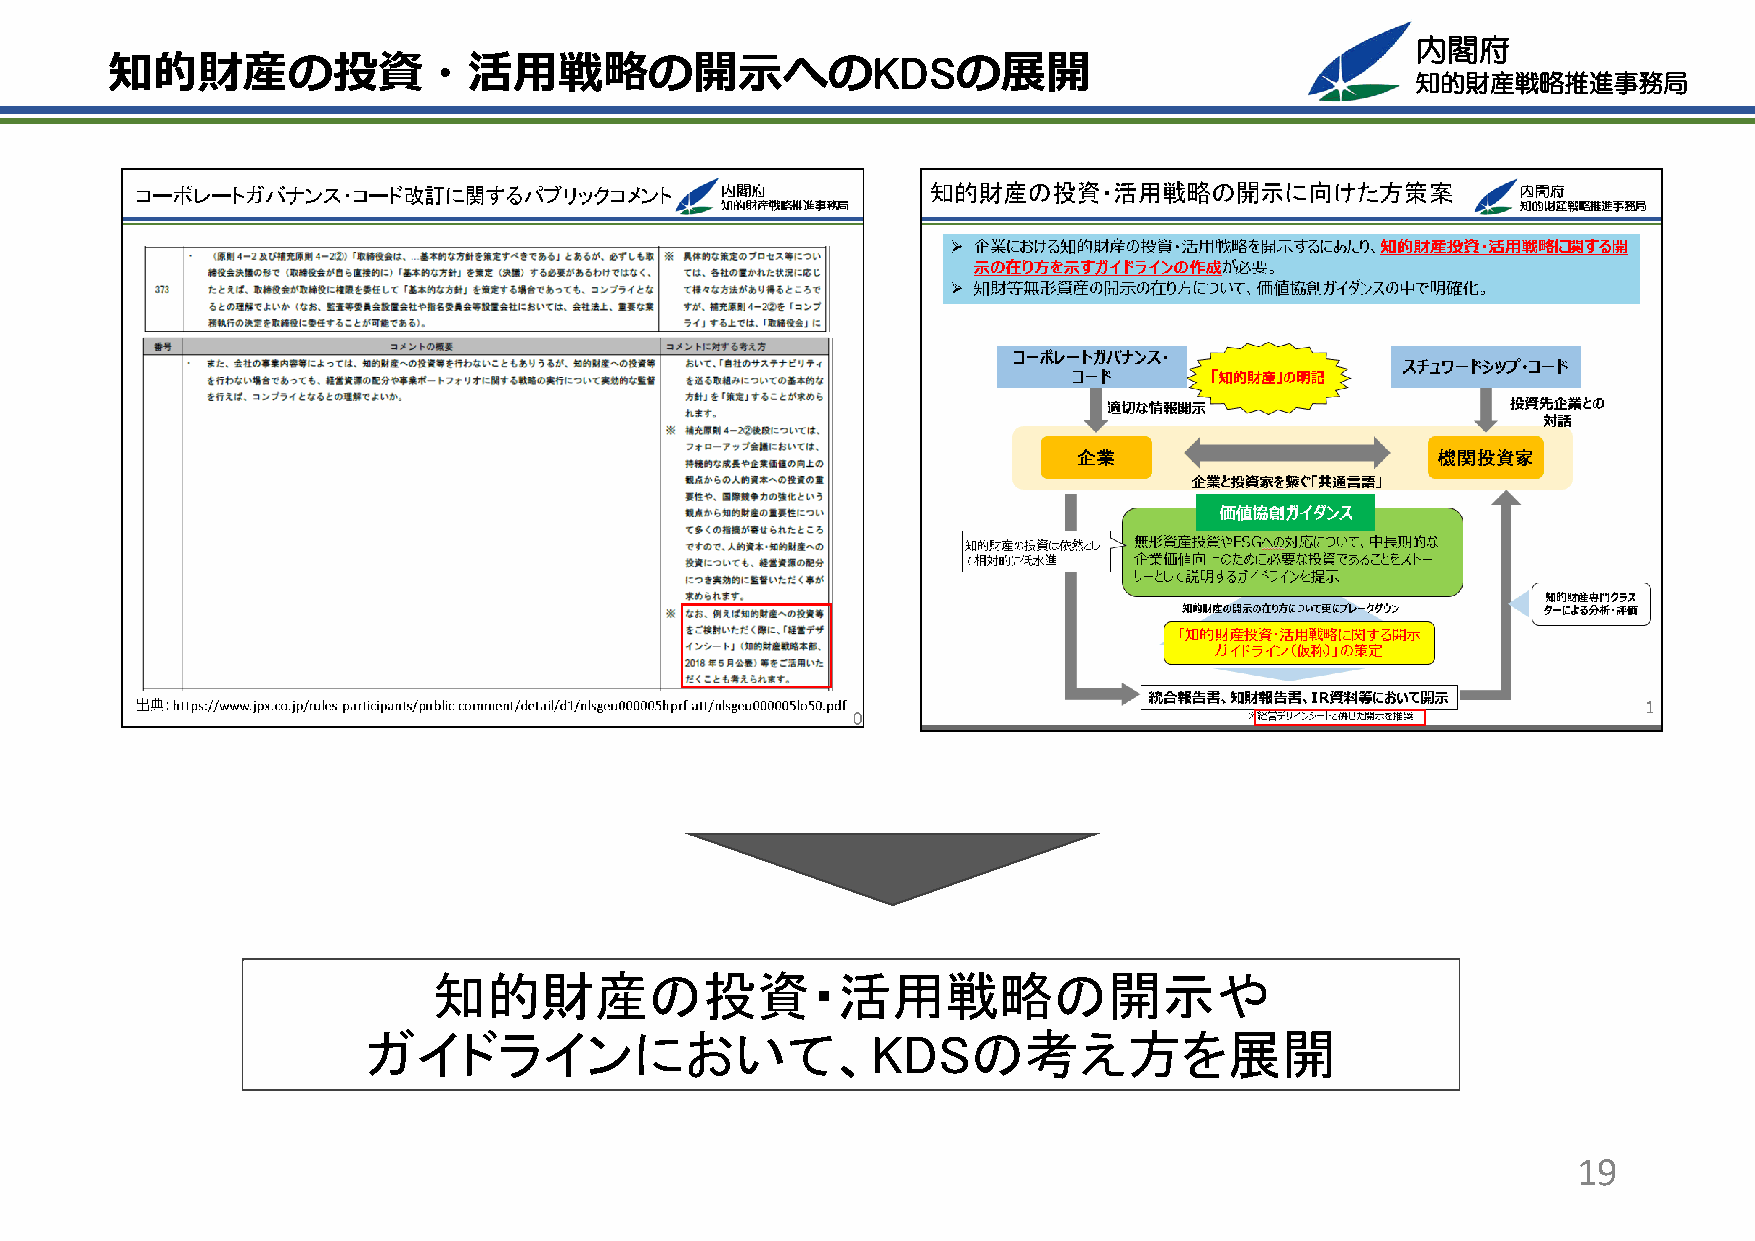
内閣府
 KDS
 知的財産の投資・活⽤戦略の開⽰への                                       の展開
 知的財産戦略推進事務局
 知的財産の投資・活用戦略の開示や
 ガイドラインにおいて、KDSの考え方を展開
 19